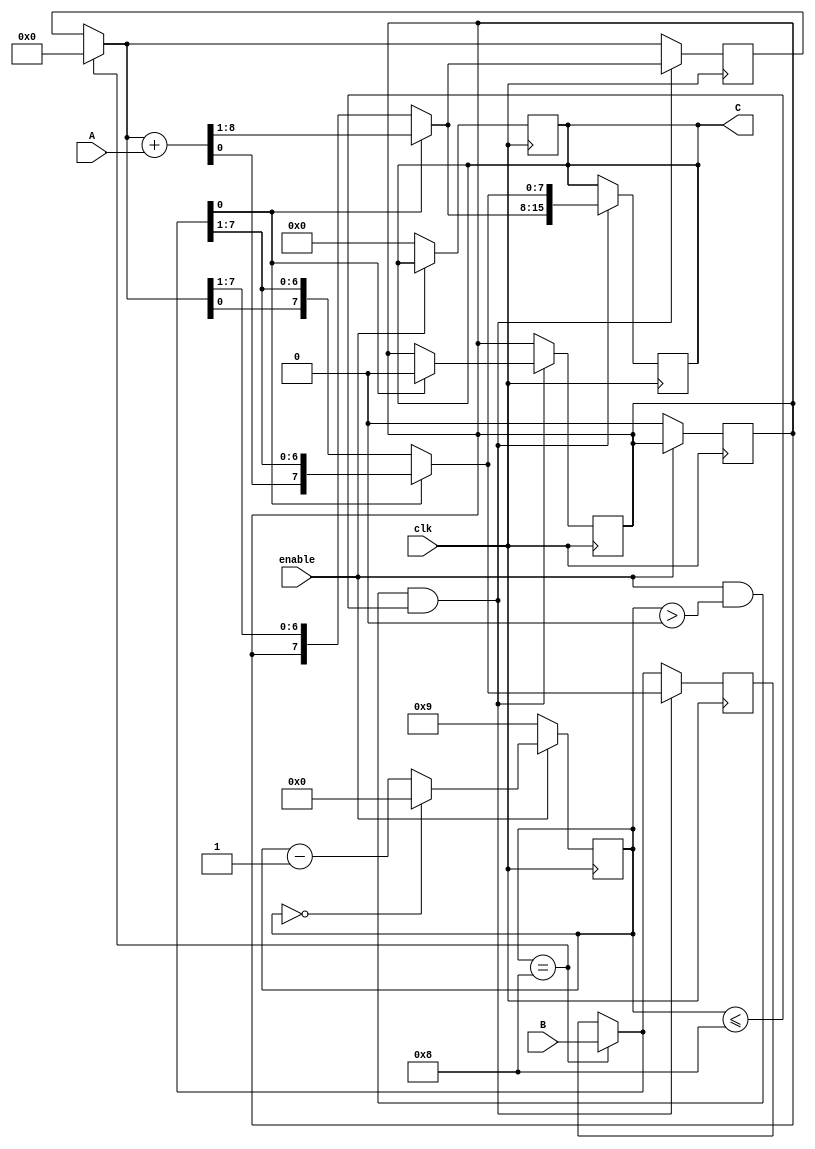
`timescale 1ns / 1ps
//////////////////////////////////////////////////////////////////////////////////
// Company: 
// Engineer: 
// 
// Design Name: 
// Module Name: multiplier
// Project Name: 
// Target Devices: 
// Tool Versions: 
// Description: 
// 
// Dependencies: 
// 
// Revision:
// Revision 0.01 - File Created
// Additional Comments:
// 
//////////////////////////////////////////////////////////////////////////////////


module SeqMultiplier(
    input wire clk,
    input wire enable,
    input wire [7:0] A,
    input wire [7:0] B,
    output wire [15:0] C
    );
     
    reg [3:0] count;
    reg [7:0] Q;
    reg [7:0] D;
    reg [15:0] E;
    reg Cout;
    always @ (posedge clk) begin
        if(!enable)
        begin
            count = 4'b1001;
            E = 16'b0;
            Cout = 0;
        end
        else if(count == 0)
            count = 0;
        else
            count = count - 1;
    end
    always @ (posedge clk) 
    begin
        if(count == 8)
        begin
            D = {B[7:0]};
            Q = 8'b00000000;
        end
        if(enable && (count > 0) && (count <= 8))
        begin
            if(!D[0])
            begin
               D = {Q[0],D[7:1]};
               Q = {Cout,Q[7:1]};
            end
            else
            begin   
                {Cout,Q} = (Q + A);
                D = {Q[0],D[7:1]};
                Q = {Cout,Q[7:1]};
                Cout = 0;
            end
            E = {Q[7:0],D[7:0]};
        end
        else
            ;         
    end
    assign C = E;
endmodule